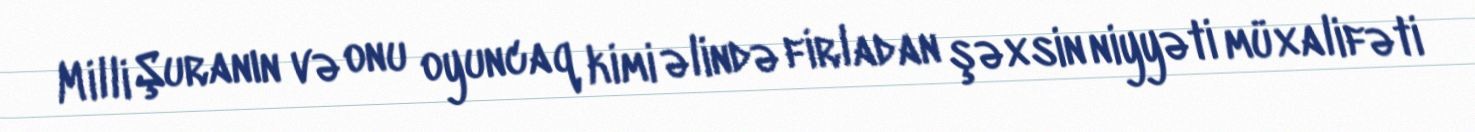
Milli Şuranın və onu oyuncaq kimi əlində firladan şəxsin niyyəti müxalifəti